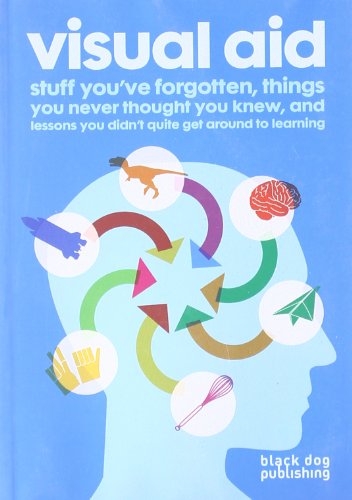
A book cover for Visual Aid: Stuff You've Forgotten, Things You Never Thought You Knew, and Lessons You Didn't Quite Get Around to Learning; Reference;